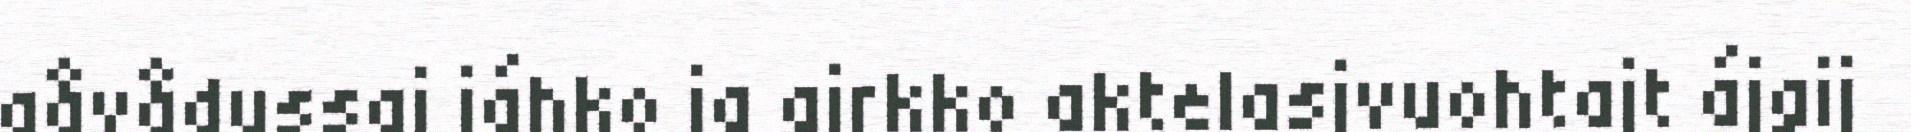
gåvådussaj jáhko ja girkko aktelasjvuohtajt ájgij